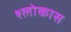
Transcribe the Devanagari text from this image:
श्लोकास